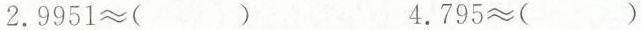
$$2 . 9 9 5 1 ≈ （）$$ $$4 . 7 9 5 ≈ （）$$